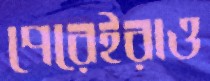
পেরেইরাও